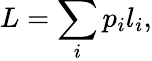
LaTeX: L=\sum_{i}p_{i}l_{i},